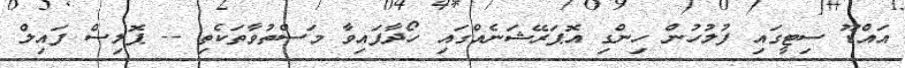
އައްޑޫ ސިޓީގައި ފުލުހުން ހިންގި އޮޕަރޭޝަނެއްގައި ހޯދާފައިވާ މަސްތުވާތަކެތި -- ޕޮލިސް ފައިލް